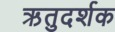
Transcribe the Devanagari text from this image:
ऋतुदर्शक